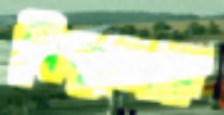
লিলুফার